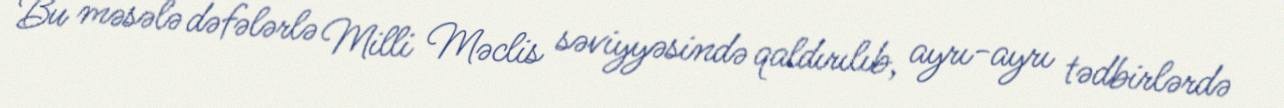
Bu məsələ dəfələrlə Milli Məclis səviyyəsində qaldırılıb, ayrı-ayrı tədbirlərdə